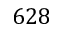
6 2 8